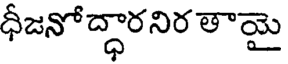
ధీజనోద్ధారనిర తాయై